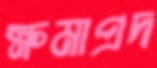
ক্ষমাপ্রদ